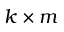
k \times m